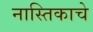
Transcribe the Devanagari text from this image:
नास्तिकाचे